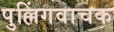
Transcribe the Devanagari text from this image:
पुल्लिंगवाचक